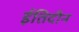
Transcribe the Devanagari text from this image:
ईतिदीन